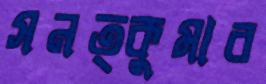
সনত্কুমার